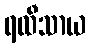
ရထီသာယ